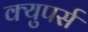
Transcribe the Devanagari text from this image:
क्युपर्स